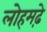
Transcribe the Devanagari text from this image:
लोहमढ़े